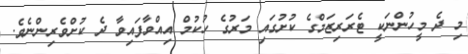
މި ދެ މީހުންނަކީ ޓެރަރިޒަމްގެ ކުށުގައި މަރުގެ ހުކުމް އިއްވާފައިވާ ދެ ކުށްވެރިންނެވެ.